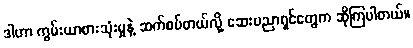
ဒါဟာ ကွမ်းယာစားသုံးမှုနဲ့ ဆက်စပ်တယ်လို့ ဆေးပညာရှင်တွေက ဆိုကြပါတယ်။